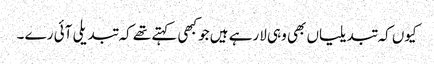
کیوں کہ تبدیلیاں بھی وہی لارہے ہیں جو کبھی کہتے تھے کہ تبدیلی آئی رے ۔